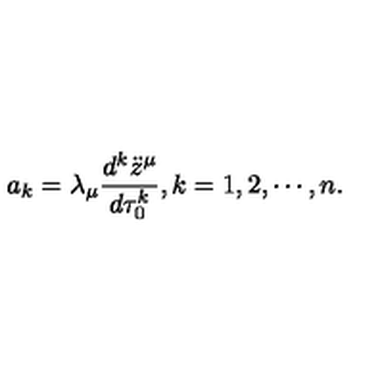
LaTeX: a _ { k } = \lambda _ { \mu } { \frac { d ^ { k } \ddot { z } ^ { \mu } } { d \tau _ { 0 } ^ { k } } } , k = 1 , 2 , \cdots , n .